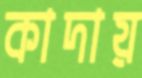
কাদায়